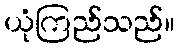
ယုံကြည်သည်။